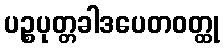
ပဉ္စပုတ္တခါဒပေတဝတ္ထု